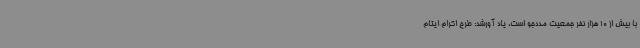
با بیش از 10 هزار نفر جمعیت مددجو است، یاد آورشد: طرح اکرام ایتام